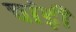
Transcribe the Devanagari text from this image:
चांड़ी